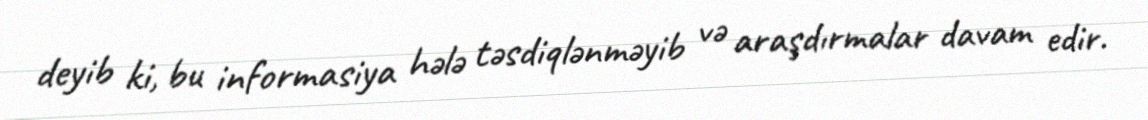
deyib ki, bu informasiya hələ təsdiqlənməyib və araşdırmalar davam edir.